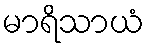
မာရိသာယံ